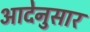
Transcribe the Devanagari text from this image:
आदेनुसार